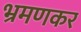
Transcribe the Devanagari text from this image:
भ्रमणकर